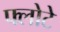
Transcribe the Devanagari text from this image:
फ्लोटे